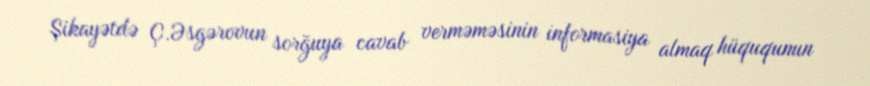
Şikayətdə Ç.Əsgərovun sorğuya cavab verməməsinin informasiya almaq hüququnun